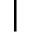
|